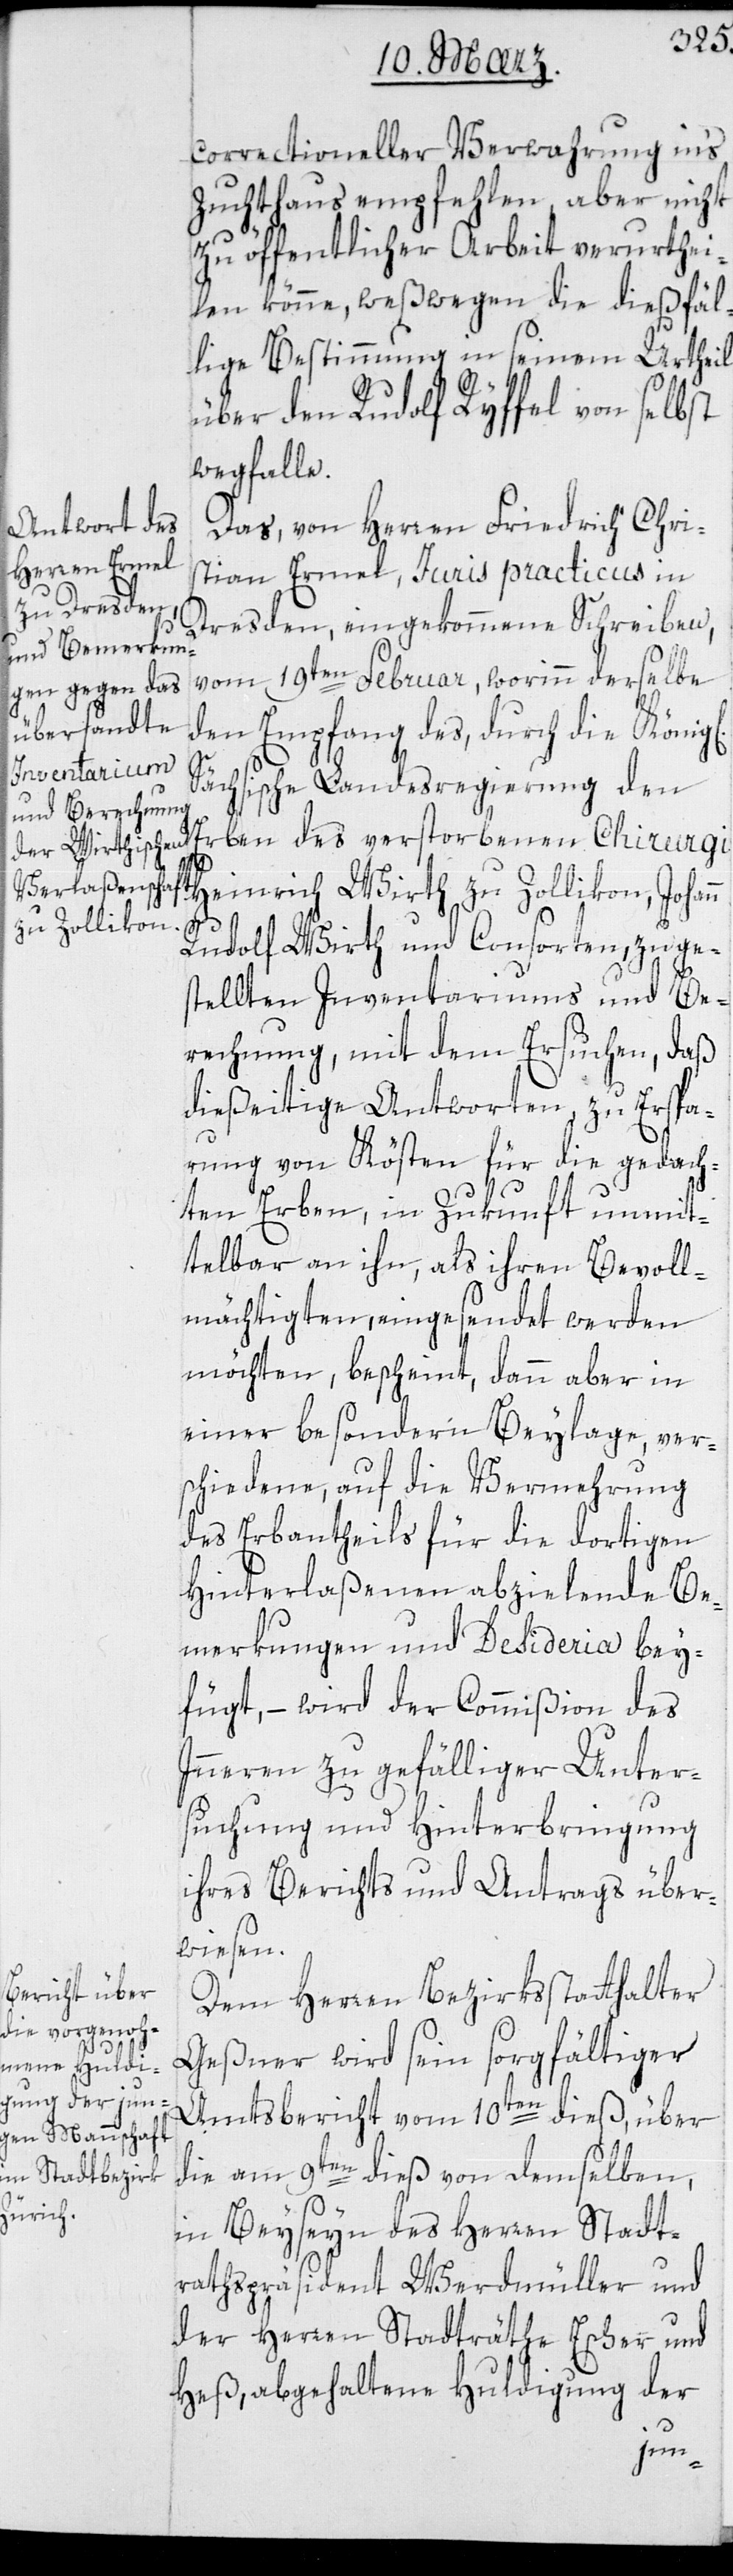
correctioneller Verwahrung in‘s
Zuchthaus empfehlen, aber nicht
zu öffentlicher Arbeit verurthei¬
len könne, weswegen die dießfäl¬
lige Bestimmung in seinem Urtheil
über den Rudolf Ryffel von selbst
wegfalle.
Das von Herren Friedrich Chri¬
stian Ermel, Juris practicus in
Dresden, eingekommene Schreiben
vom 19ten Februar, worinn derselbe
den Empfang des durch die König¬
ächsische Landesregierung den
Heinrich Wirth zu Zollikon, Johann
des
Rudolf Wirth und Consorten, zu ge¬
stellten Inventariums und Be¬
rechnung, mit dem Ersuchen, daß
dießeitige Antworten, zu Erspa¬
rung von Kösten für die gedach¬
ten Erben, in Zukunft unmit¬
telbar an ihn, als ihren Bevoll¬
mächtigten, eingesendet werden
möchten, bescheint, dann aber in
einer besondern Beylage ver¬
schiedene, auf die Vermehrung
des Erbantheils für die dortigen
Hinterlaßenen abzielende Be¬
merkungen und Desideria bey¬
fügt, – wird der Commißion des
Innern zu gefälliger Unter¬
suchung und Hinterbringung
ihres Berichts und Antrags über¬
wiesen.
Dem Herren Bezirksstatthalter
Geßner wird sein sorgfältiger
Amtsbericht vom 10ten dieß, über
die am 9ten dieß von demselben
in Beyseyn des Herren Stadt¬
rathspräsident Werdmüller und
der Herren Stadträthe Escher und
Heß, abgehaltene Huldigung der